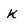
Character: k